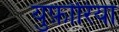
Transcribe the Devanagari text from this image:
युफ़ोरिया